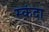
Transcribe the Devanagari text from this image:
स्कंदा